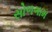
સોળગામ